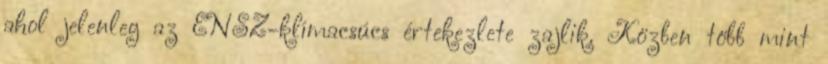
ahol jelenleg az ENSZ-klímacsúcs értekezlete zajlik. Közben több mint